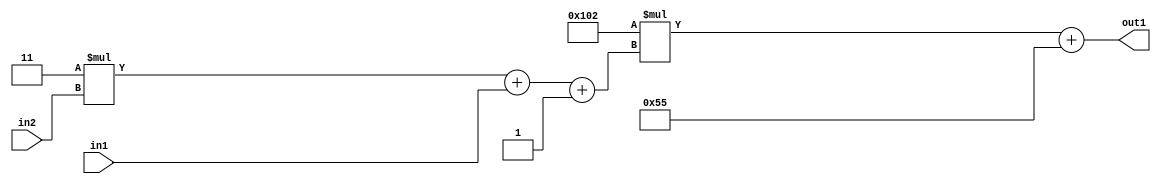
`timescale 1ps / 1ps
/*****************************************************************************
    Verilog RTL Description
    
    
    Created by: Stratus DpOpt 2019.1.01 
*******************************************************************************/

module DC_Filter_Add2i85Mul2i258Add3i1u1Mul2i3u2_4 (
	in2,
	in1,
	out1
	); /* architecture "behavioural" */ 
input [1:0] in2;
input  in1;
output [11:0] out1;
wire [11:0] asc001;
wire [3:0] asc002;

wire [3:0] asc002_tmp_0;
wire [3:0] asc002_tmp_1;
assign asc002_tmp_1 = 
	+(4'B0011 * in2);
assign asc002_tmp_0 = asc002_tmp_1
	+(in1);
assign asc002 = asc002_tmp_0
	+(4'B0001);

wire [11:0] asc001_tmp_2;
assign asc001_tmp_2 = 
	+(12'B000100000010 * asc002);
assign asc001 = asc001_tmp_2
	+(12'B000001010101);

assign out1 = asc001;
endmodule

/* CADENCE  vrP4Two= : u9/ySgnWtBlWxVPRXgAZ4Og= ** DO NOT EDIT THIS LINE ******/